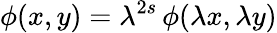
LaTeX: \phi(x,y)=\lambda^{2s}\, \phi(\lambda x,\lambda y)